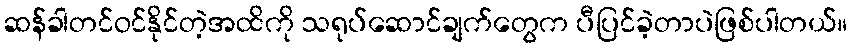
ဆန်ခါတင်ဝင်နိုင်တဲ့အထိကို သရုပ်ဆောင်ချက်တွေက ပီပြင်ခဲ့တာပဲဖြစ်ပါတယ်။